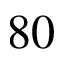
8 0